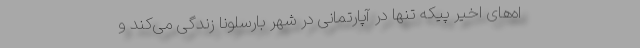
اه‌های اخیر پیکه تنها در آپارتمانی در شهر بارسلونا زندگی می‌کند و